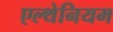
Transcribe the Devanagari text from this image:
एल्थेनियम